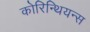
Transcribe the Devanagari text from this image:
कोरिन्थियन्स